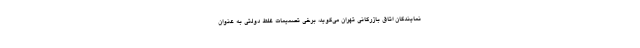
نمایندگان اتاق بازرگانی تهران می‌گوید، برخی تصمیمات غلط دولتی به عنوان